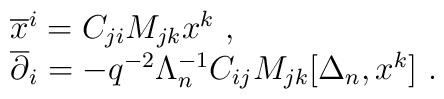
\begin{array}{l}{\overline x^i}=C_{ji}M_{jk}x^k~,\\{\overline \partial_i}=-q^{-2}\Lambda_{n}^{-1}C_{ij}M_{jk}[\Delta_n,x^k]~.\end{array}